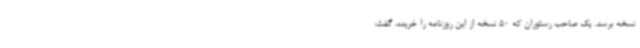
نسخه برسد. یک صاحب رستوران که 50 نسخه از این روزنامه را خریده، گفت: